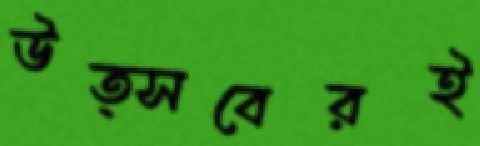
উত্সবেরই